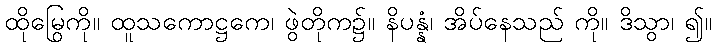
ထိုမြွေကို။ ထူသကောဋ္ဌကေ၊ ဖွဲတိုက၌။ နိပန္နံ၊ အိပ်နေသည် ကို။ ဒိသွာ၊ ၍။